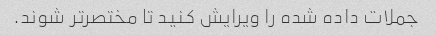
جملات داده شده را ویرایش کنید تا مختصرتر شوند.